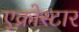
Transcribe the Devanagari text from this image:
एक्रोस्टार